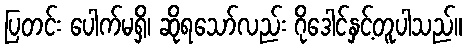
ပြတင်း ပေါက်မရှိ၊ ဆိုရသော်လည်း ဂိုဒေါင်နှင့်တူပါသည်။